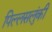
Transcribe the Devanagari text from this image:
पिल्लसलुंकी